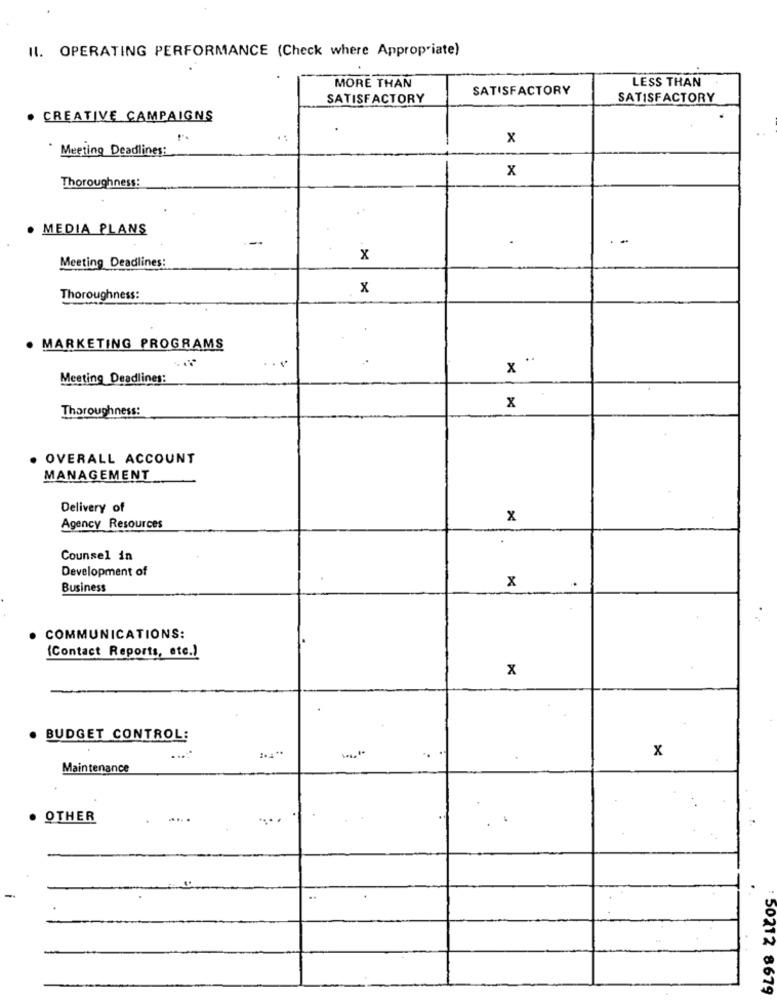
Il. OPERATING PERFORMANCE (Check where Appropriate)
MORE THAN
LESS THAN
SATISFACTORY
SATISFACTORY
SATISFACTORY
CREATIVE CAMPAIGNS
x
Meeting Deadlines:
x
Thoroughness:
MEDIA PLANS
x
Meeting Deadlines:
x
Thoroughness:
· MARKETING PROGRAMS
..
x "
Meeting Deadlines:
Thoroughness:
x
. OVERALL ACCOUNT
MANAGEMENT
Delivery of
x
Agency Resources
Counsel in
Development of
x
Business
COMMUNICATIONS:
(Contact Reports, etc.)
x
· BUDGET CONTROL:
x
Maintenance
. OTHER
....
50212 8679